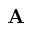
{ \bf A }